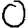
Digit: 0